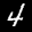
Label: 4